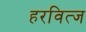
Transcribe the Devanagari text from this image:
हरवित्ज